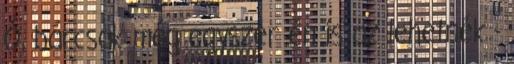
Ó, bárcsak még egyszer én is az lehetnék -